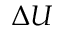
\Delta U